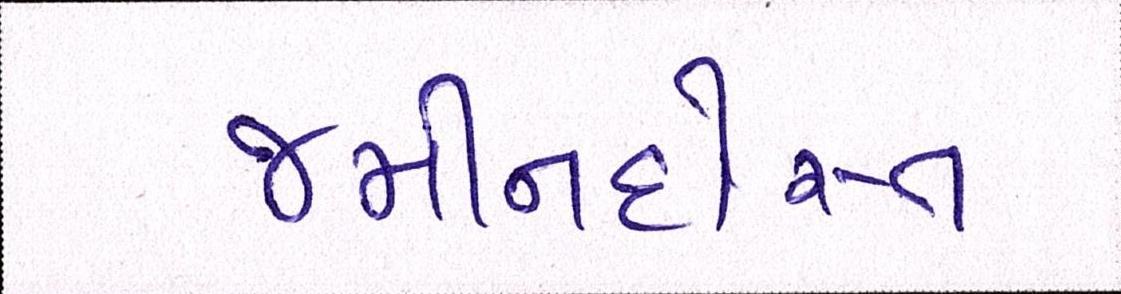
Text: જમીનદોસ્ત